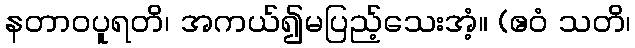
နတာဝပူရတိ၊ အကယ်၍မပြည့်သေးအံ့။ (ဧဝံ သတိ၊